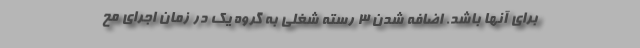
برای آنها باشد. اضافه شدن 3 رسته شغلی به گروه یک در زمان اجرای مح